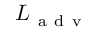
L _ { \mathrm { ~ a ~ d ~ v ~ } }